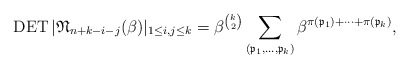
\begin{align*}\operatorname{DET} | \mathfrak{N}_{n+k-i-j}(\beta) |_{1 \le i,j \le k} =\beta^{{k \choose 2}} \sum_{(\mathfrak{p}_1,\ldots,\mathfrak{p}_k)} \beta^{\pi(\mathfrak{p}_1) + \cdots+\pi(\mathfrak{p}_k)},\end{align*}